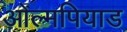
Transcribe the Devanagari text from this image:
ओल्मपियाड